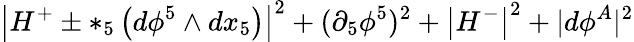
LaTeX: \left|H^{+}\pm*_{5}\left(d\phi^{5}\wedge dx_{5}\right)\right|^{2}+(\partial_{5}\phi^{5})^{2}+\left|H^{-}\right|^{2}+|d\phi^{A}|^{2}